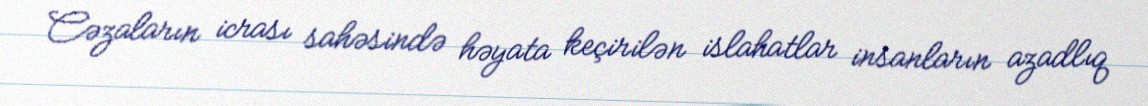
Cəzaların icrası sahəsində həyata keçirilən islahatlar insanların azadlıq